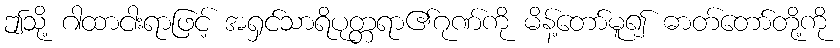
ဤသို့ ဂါထာငါးရာဖြင့် အရှင်သာရိပုတ္တရာ၏ဂုဏ်ကို မိန့်တော်မူ၍ ဓာတ်တော်တို့ကို